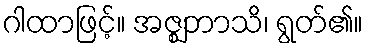
ဂါထာဖြင့်။ အဇ္ဈဘာသိ၊ ရွတ်၏။